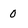
Character: 0